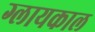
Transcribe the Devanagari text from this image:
ग्लायकाल